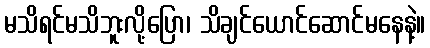
မသိရင်မသိဘူးလို့ပြော၊ သိချင်ယောင်ဆောင်မနေနဲ့။